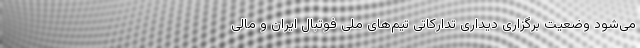
می‌شود وضعیت برگزاری دیداری تدارکاتی تیم‌های ملی فوتبال ایران و مالی